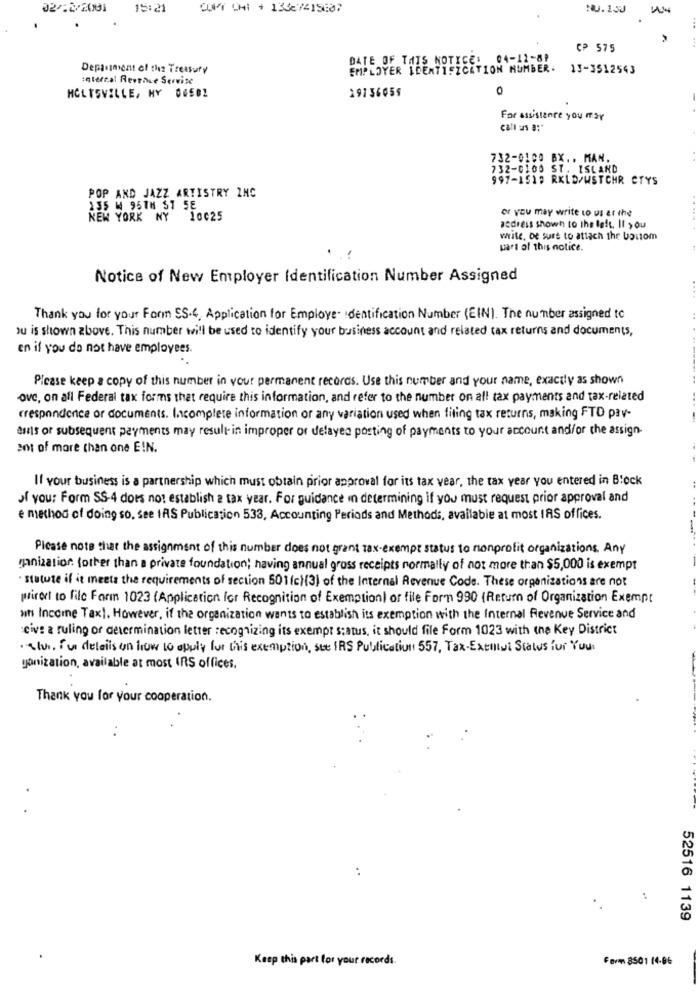
02/12/2001
15:21
COPY CHI + 13427415687
NU. 130
CP 575
DATE OF THIS NOTICE: 04-12-89
Deplasmient of the Treasury
EMPLOYER IDENTIFICATION NUMBER.
13-3512543
Internal Revenue Service
19136659
0
HOLTSVILLE, HY 00502
For assistance you may
call us a:"
732-0100 BX .. MAN.
732-0100 ST. ISLAND
997-1519 RKLD/WSTCHR CTYS
POP AND JAZZ ARTISTRY INC
135 M 95TH 57 58
or you may write to us at the
NEW YORK NY 10025
adress shown to the left. It >ou
write, be sure to attach the bottom
part of this notice.
Notice of New Employer Identification Number Assigned
Thank you for your Form SS-4, Application for Employe- Identification Number (EIN). The number assigned to
ou is shown above. This number will be used to identify your business account and related tax returns and documents,
en if you do not have employees.
Please keep a copy of this number in your permanent records. Use this number and your name, exactly as shown
ove, on all Federal tax forms that require this information, and refer to the number on all tax payments and tax-related
crespondence or documents. Incomplete information or any variation used when filing tax returns, making FTD pay-
sans or subsequent payments may result in improper or delayed posting of payments to your account and/or the assign-
sot of more than one EIN.
If your business is a partnership which must obtain prior approval for its tax vear, the tax year you entered in Block
of you: Form SS-4 does not establish a tax year. For guidance in determining if you must request prior approval and
e method of doing so, see IAS Publication 533, Accounting Periods and Methods, available at most IAS offices.
Please note that the assignment of this number does not grant Tax-exempt status to nonprofit organizations. Any
ganization (other than a private foundation; having annual gross receipts normally of not more than $5,000 is exempt
· statute if it meets the requirements of section 501 (c)(3) of the Internal Revenue Code. These organizations are not
wirert to file Form 1023 (Application for Recognition of Exemption) or file Form 990 (Return of Organization Exempt
at Income Tax). However, if the organization wants to establish its exemption with the Internal Revenue Service and
cive a ruling or determination letter recognizing its exempt status, it should file Form 1023 with the Key District
·alvi. fu details on how to apply for this exemption, ste IRS Publication 557, Tax-Extilut Status for Your
gonization, available at most IRS offices.
Thank you for your cooperation.
.
52516 1139
Keep this part for your records.
Form 8501 14-06